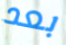
بعد